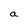
Character: a